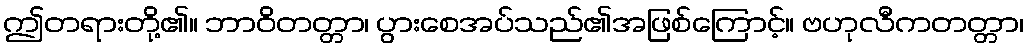
ဤတရားတို့၏။ ဘာဝိတတ္တာ၊ ပွားစေအပ်သည်၏အဖြစ်ကြောင့်။ ဗဟုလီကတတ္တာ၊